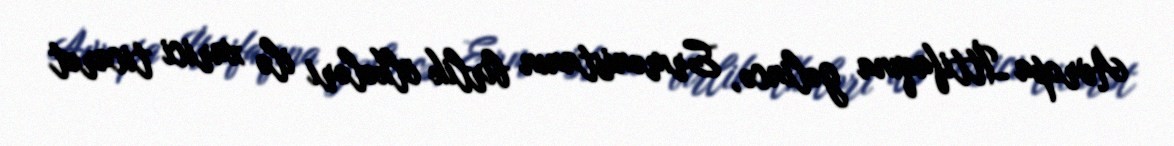
Avropa İttifaqına gəlincə, Ermənistanın birlik ölkələri ilə xarici ticarət